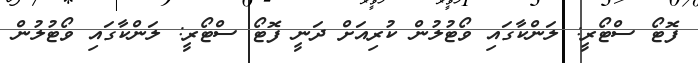
ފޮޓޯ ސްޓޯރީ: ލަންކާގައި ވޯޓުލުން ކުރިއަށް ދަނީ ފޮޓޯ ސްޓޯރީ: ލަންކާގައި ވޯޓުލުން